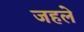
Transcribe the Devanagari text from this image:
जहले